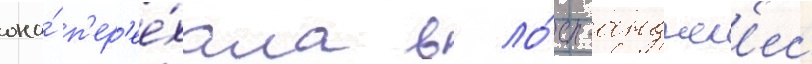
она́ п'ер'ее́хала в ло́с-анджел'ес